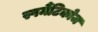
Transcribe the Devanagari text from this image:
स्पर्मैटिकोज